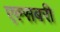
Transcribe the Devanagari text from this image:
एल्सबरी